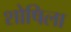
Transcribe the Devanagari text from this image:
शोषिला